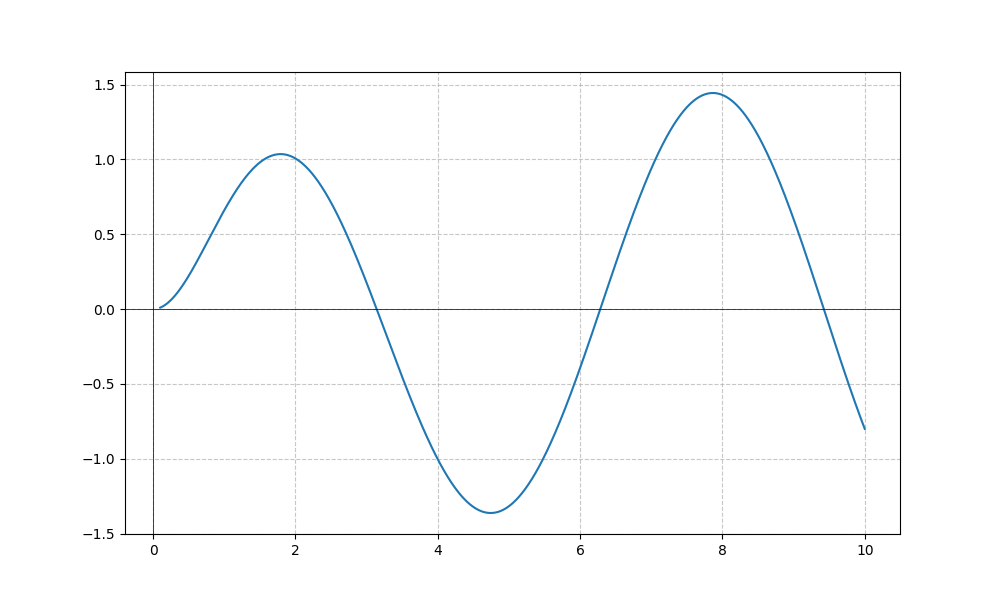
LaTeX formula: \sin{\left(x \right)} \operatorname{atan}{\left(x \right)}